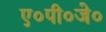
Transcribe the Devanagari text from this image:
ए०पी०जे०